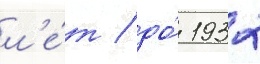
л'е́т / до́ 1932